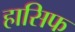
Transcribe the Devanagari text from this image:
हासिफ